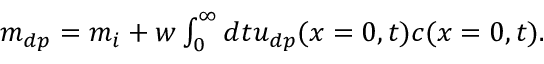
\begin{array} { r } { m _ { d p } = m _ { i } + w \int _ { 0 } ^ { \infty } d t u _ { d p } ( x = 0 , t ) c ( x = 0 , t ) . } \end{array}